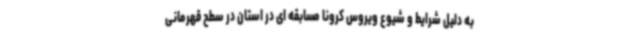
به دلیل شرایط و شیوع ویروس کرونا مسابقه ای در استان در سطح قهرمانی